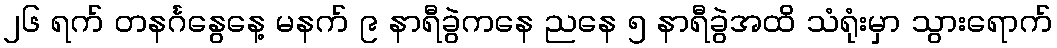
၂၆ ရက် တနင်္ဂနွေနေ့ မနက် ၉ နာရီခွဲကနေ ညနေ ၅ နာရီခွဲအထိ သံရုံးမှာ သွားရောက်